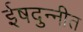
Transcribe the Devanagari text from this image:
ईषदुन्नीत